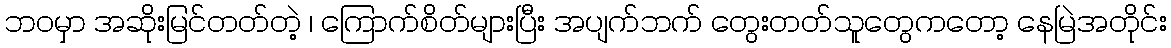
ဘဝမှာ အဆိုးမြင်တတ်တဲ့ ၊ ကြောက်စိတ်များပြီး အပျက်ဘက် တွေးတတ်သူတွေကတော့ နေမြဲအတိုင်း